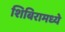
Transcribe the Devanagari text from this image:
शिबिरामध्ये